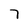
Character: 7